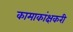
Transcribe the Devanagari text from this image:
कामाकांक्षकरी